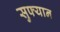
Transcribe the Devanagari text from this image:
सुफ्यान